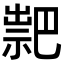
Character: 𥛁